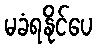
မခံရနိုင်ပေ